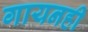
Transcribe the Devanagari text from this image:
गायनही